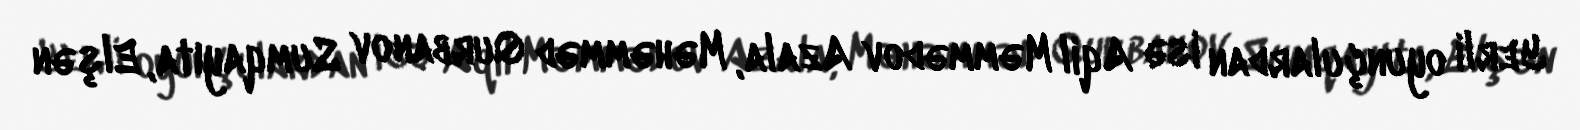
Yerli oyunçulardan isə Aqil Məmmədov Azala, Məhəmməd Qurbanov Sumqayıta, Elşən